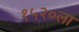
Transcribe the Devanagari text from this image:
१५२०ला